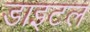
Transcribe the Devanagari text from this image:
डाइटल